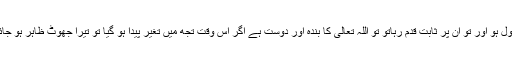
جب اللہ تعالیٰ کی طرف سے مصائب وآلام کانزول ہو اور تو ان پر ثابت قدم رہاتو توُ اللہ تعالیٰ کا بندہ اور دوست ہے اگر اس وقت تجھ میں تغیر پیدا ہو گیا تو تیرا جھوٹ ظاہر ہو جائے گا اور پہلا (محبت کا) دعویٰ ٹوٹ جائے گا ۔